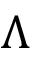
\Lambda